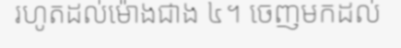
រហូតដល់ម៉ោងជាង ៤។ ចេញមកដល់